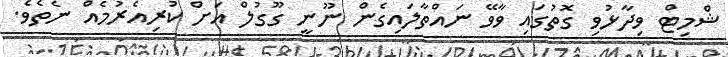
ޝްމިޓް ވިދާޅުވި ގޮތުގައި ވާވޭ ނައްތާލައިގެން ނޫނީ ގޫގުލް އަށް ކުރިއެރުމެއް ނެތެވެ.